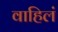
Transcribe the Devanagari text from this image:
वाहिलं